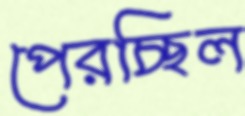
পেরচ্ছিল